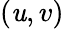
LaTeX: (\mathit{u},v)